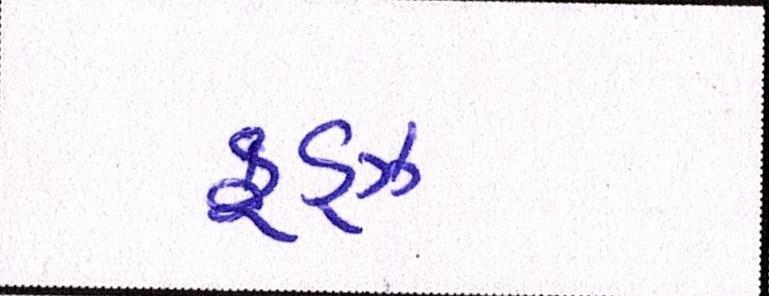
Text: ફૂડ્ઝ